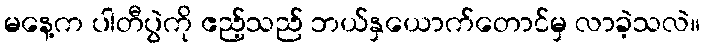
မနေ့က ပါတီပွဲကို ဧည့်သည် ဘယ်နှယောက်တောင်မှ လာခဲ့သလဲ။